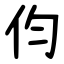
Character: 伨